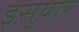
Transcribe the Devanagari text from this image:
इसुयार